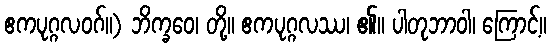
ဧကပုဂ္ဂလဝဂ်။) ဘိက္ခဝေ၊ တို့။ ဧကပုဂ္ဂလဿ၊ ၏။ ပါတုဘာဝါ၊ ကြောင့်။